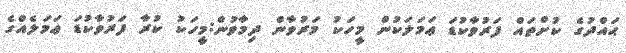
ޙައްދުގެ ކުށްތައް ފަރުވާކުޑަ ޢަމަލަކުން މީހަކު މަރުވާން ދިމާވުން:މީހަކު ކުރާ ފަރުވާކުޑަ ޢަމަލެއްގެ